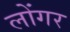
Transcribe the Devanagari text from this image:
लोंगर